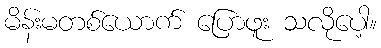
မိန်းမတစ်ယောက် ပြောဖူး သလိုပေါ့။